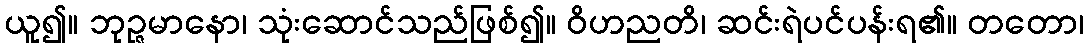
ယူ၍။ ဘုဉ္ဇမာနော၊ သုံးဆောင်သည်ဖြစ်၍။ ဝိဟညတိ၊ ဆင်းရဲပင်ပန်းရ၏။ တတော၊